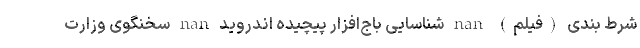
شرط بندی (فیلم) nan شناسایی باج‌افزار پیچیده اندروید nan سخنگوی وزارت